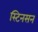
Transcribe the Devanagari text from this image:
स्टिनसन